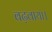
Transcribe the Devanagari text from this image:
बढ़वाया।